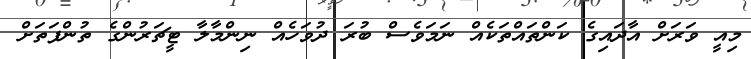
މިއީ ވަރަށް އާދައިގެ ކަންތައްތަކެއް ނަމަވެސް ބުރަ ދުވަހެއް ނިންމާލާ ޓީޗަރުންގެ ތުންފަތަށް